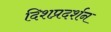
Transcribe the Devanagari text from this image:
दिशप्रदर्शन